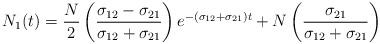
LaTeX: \begin{align*}N_{1}(t)=\frac{N}{2}\left(\frac{\sigma_{12}-\sigma_{21}}{\sigma_{12}+\sigma_{21}}\right) e^{-(\sigma_{12}+\sigma_{21})t} + N\left(\frac{\sigma_{21}}{\sigma_{12}+\sigma_{21}}\right) \end{align*}